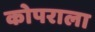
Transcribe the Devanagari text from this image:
कोपराला